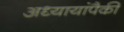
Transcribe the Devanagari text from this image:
अध्यायांपैकी